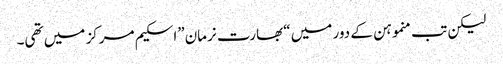
لیکن تب منموہن کے دور میں “بھارت نرمان”اسکیم مرکز میں تھی۔